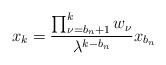
LaTeX: \begin{align*}x_k= \frac{\prod_{\nu=b_n+1}^{k}w_{\nu}}{\lambda^{k-b_n}}x_{b_n}\end{align*}